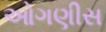
ઓગણીસ